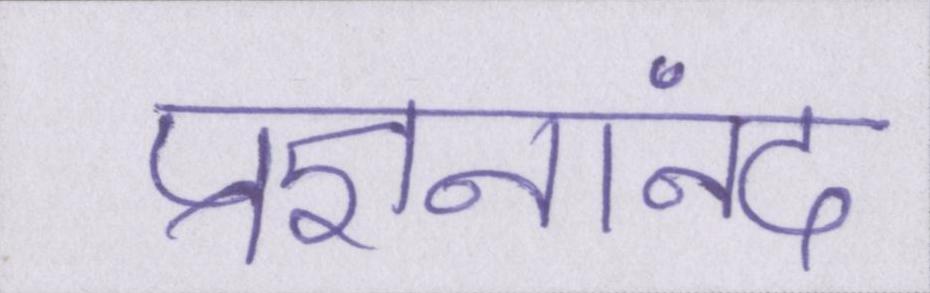
प्रज्ञनानंद